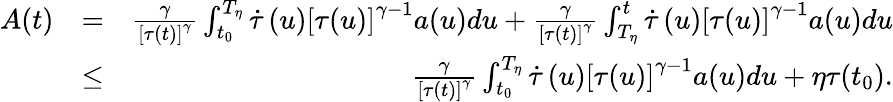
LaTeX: \begin{array}{rlr}{A(t)}&{=}&{\frac{\gamma}{\left[\tau(t)\right]^{\gamma}}\int_{t_{0}}^{T_{\eta}}\dot{\tau}\left(u\right)\left[\tau(u)\right]^{\gamma-1}a(u)du+\frac{\gamma}{\left[\tau(t)\right]^{\gamma}}\int_{T_{\eta}}^{t}\dot{\tau}\left(u\right)\left[\tau(u)\right]^{\gamma-1}a(u)du}\\ &{\leq}&{\frac{\gamma}{\left[\tau(t)\right]^{\gamma}}\int_{t_{0}}^{T_{\eta}}\dot{\tau}\left(u\right)\left[\tau(u)\right]^{\gamma-1}a(u)du+\eta\tau(t_{0}).}\end{array}